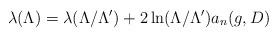
LaTeX: \begin{align*} \lambda(\Lambda) = \lambda(\Lambda/\Lambda')+ 2\ln (\Lambda/\Lambda') a_n(g, D)\end{align*}